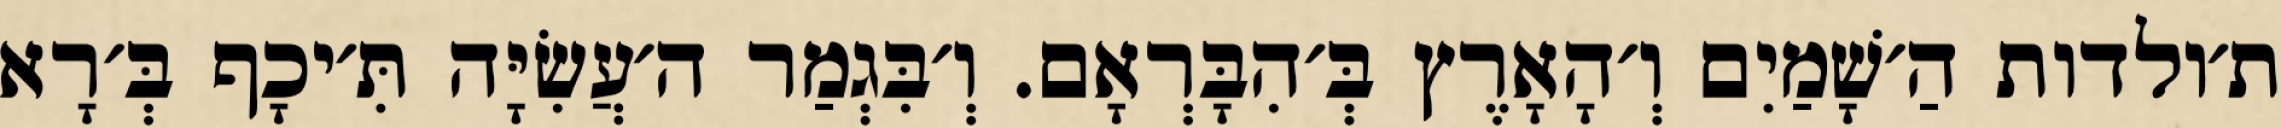
ת׳ולדות הַ׳שָׁמַיִם וְ׳הָאָרֶץ בְּ׳הִבָּרְאָם. וְ׳בִּגְמַר ה׳עֲשִׂיָּה תִּ׳יכָף בְּ׳רָא